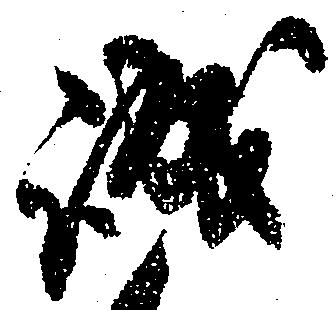
誠